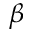
\beta